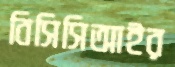
বিসিসিআইর